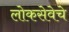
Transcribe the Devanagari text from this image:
लोकसेवेचे